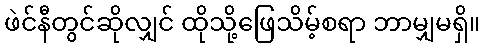
ဖဲင်နီတွင်ဆိုလျှင် ထိုသို့ဖြေသိမ့်စရာ ဘာမျှမရှိ။